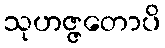
သုဟဇ္ဇတောပိ